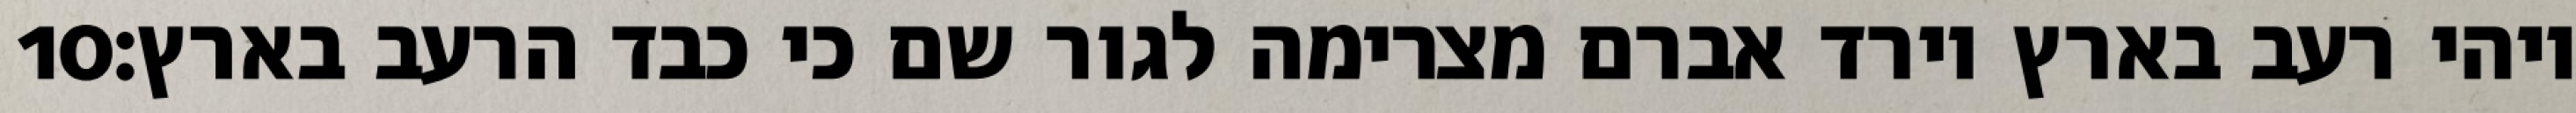
‎10‏ ויהי רעב בארץ וירד אברם מצרימה לגור שם כי כבד הרעב בארץ׃